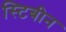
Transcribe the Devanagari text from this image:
स्टिबीन